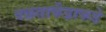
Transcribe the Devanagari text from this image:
वक्रताकेंद्राकडे